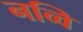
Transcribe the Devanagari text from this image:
नव्वि